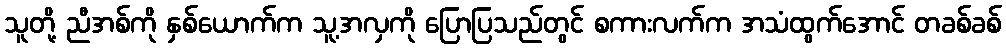
သူတို့ ညီအစ်ကို နှစ်ယောက်က သူ့အလှကို ပြောပြသည်တွင် စကားလက်က အသံထွက်အောင် တခစ်ခစ်